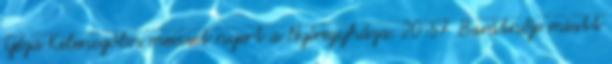
Géza Kilencgólos meccset nyert a Nyíregyháza. 20:57 Barátnője miatt